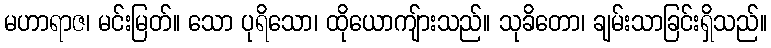
မဟာရာဇ၊ မင်းမြတ်။ သော ပုရိသော၊ ထိုယောကျ်ားသည်။ သုခိတော၊ ချမ်းသာခြင်းရှိသည်။